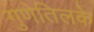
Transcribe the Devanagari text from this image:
गुणेतिलके